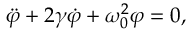
\ddot { \varphi } + 2 \gamma \dot { \varphi } + \omega _ { 0 } ^ { 2 } \varphi = 0 ,